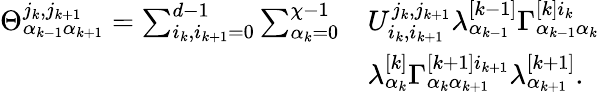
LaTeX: \begin{array}{rl}{\Theta_{\alpha_{k-1}\alpha_{k+1}}^{j_{k},j_{k+1}}=\sum_{i_{k},i_{k+1}=0}^{d-1}\sum_{\alpha_{k}=0}^{\chi-1}}&{U_{i_{k},i_{k+1}}^{j_{k},j_{k+1}}\lambda_{\alpha_{k-1}}^{[k-1]}\Gamma_{\alpha_{k-1}\alpha_{k}}^{[k]i_{k}}}\\ &{\lambda_{\alpha_{k}}^{[k]}\Gamma_{\alpha_{k}\alpha_{k+1}}^{[k+1]i_{k+1}}\lambda_{\alpha_{k+1}}^{[k+1]}.}\end{array}